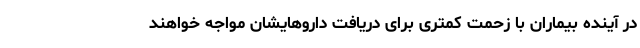
در آینده بیماران با زحمت کمتری برای دریافت داروهایشان مواجه خواهند